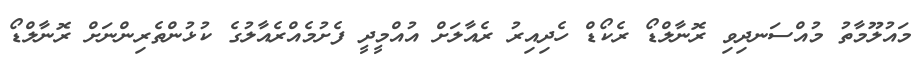
މައުލޫމާތު މުއްސަނދިވި ރޮނާލްޑޯ ރެކޯޑް ހެދިއިރު ރެއާލަށް އުއްމީދީ ފެށުމެއްރެއާލުގެ ކުޅުންތެރިންނަށް ރޮނާލްޑޯ